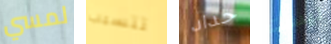
لمسي تتسبب حداد ليست